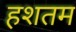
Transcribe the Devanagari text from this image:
हशतम